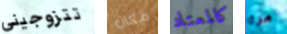
تتزوجيني مكان كالمعتاد مرة